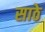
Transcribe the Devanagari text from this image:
साठेे